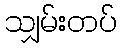
သျှမ်းတပ်